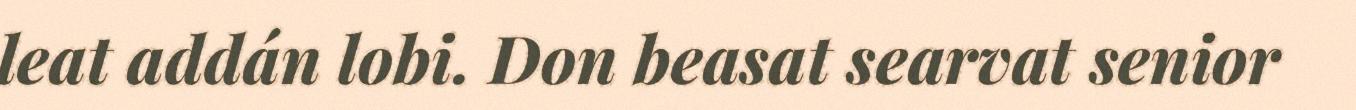
leat addán lobi. Don beasat searvat senior